Report of the Indian Hemp Drugs Commission, 1894-1895 - Volume V
Year: 1894
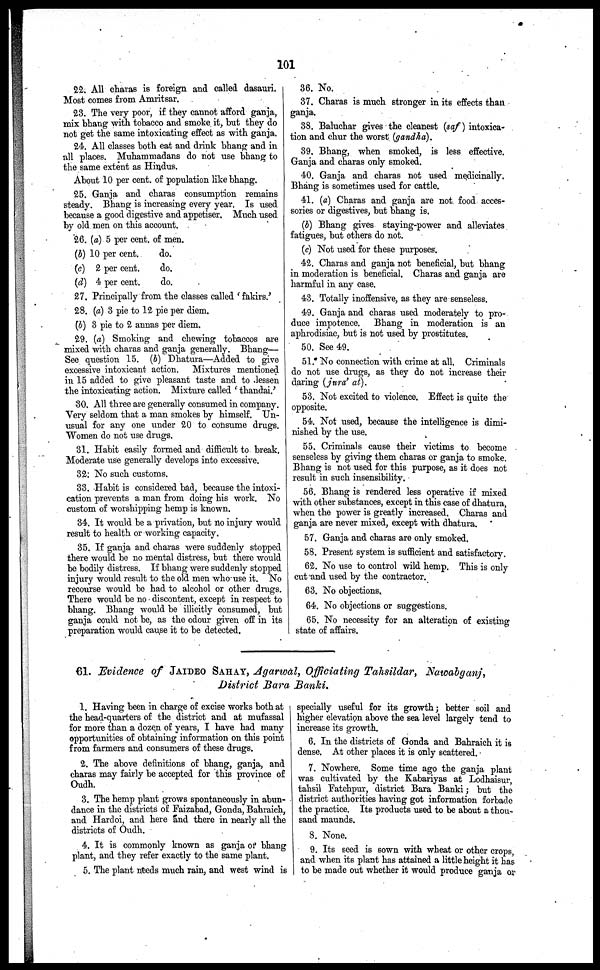
101
22. All charas is foreign and called dasauri.
Most comes from Amritsar.
23. The very poor, if they cannot afford ganja,
mix bhang with tobacco and smoke it, but they do
not get the same intoxicating effect as with ganja.
24. All classes both eat and drink bhang and in
all places. Muhammadans do not use bhang to
the same extent as Hindus.
About 10 per cent. of population like bhang.
25. Ganja and charas consumption remains
steady. Bhang is increasing every year. Is used
because a good digestive and appetiser. Much used
by old men on this account.
26. (a) 5 per cent. of men.
(b) 10 per cent.
do.
(c) 2 per cent.
do.
(d) 4 per cent.
do.
27. Principally from the classes called 'fakirs.'
28. (a) 3 pie to 12 pie per diem.
(b) 3 pie to 2 annas per diem.
29. (a) Smoking and chewing tobaccos are
mixed with charas and ganja generally. Bhang—
See question 15. (b) Dhatura—Added to give
excessive intoxicant action. Mixtures mentioned
in 15 added to give pleasant taste and to lessen
the intoxicating action. Mixture called ' thandai.'
30. All three are generally consumed in company.
Very seldom that a man smokes by himself. Un-
usual for any one under 20 to consume drugs.
Women do not use drugs.
31. Habit easily formed and difficult to break.
Moderate use generally develops into excessive.
32. No such customs.
33. Habit is considered bad, because the intoxi-
cation prevents a man from doing his work. No
custom of worshipping hemp is known.
34. It would be a privation, but no injury would
result to health or working capacity.
35. If ganja and charas were suddenly stopped
there would be no mental distress, but there would
be bodily distress. If bhang were suddenly stopped
injury would result to the old men who use it. No
recourse would be had to alcohol or other drugs.
There would be no discontent, except in respect to
bhang. Bhang would be illicitly consumed, but
ganja could not be, as the odour given off in its
preparation would cause it to be detected.
36. No.
37. Charas is much stronger in its effects than
ganja.
38. Baluchar gives the cleanest (saf) intoxica-
tion and chur the worst (gandha).
39. Bhang, when smoked, is less effective.
Ganja and charas only smoked.
40. Ganja and charas not used medicinally.
Bhang is sometimes used for cattle.
41. (a) Charas and ganja are not food acces-
sories or digestives, but bhang is.
(b) Bhang gives staying-power and alleviates
fatigues, but others do not.
(c) Not used for these purposes.
42. Charas and ganja not beneficial, but bhang
in moderation is beneficial. Charas and ganja are
harmful in any case.
43. Totally inoffensive, as they are senseless.
49. Ganja and charas used moderately to pro-
duce impotence. Bhang in moderation is an
aphrodisiac, but is not used by prostitutes.
50. See 49.
51. No connection with crime at all. Criminals
do not use drugs, as they do not increase their
daring (jura' at).
53. Not excited to violence. Effect is quite the
opposite.
54. Not used, because the intelligence is dimi-
nished by the use.
55. Criminals cause their victims to become
senseless by giving them charas or ganja to smoke.
Bhang is not used for this purpose, as it does not
result in such insensibility.
56. Bhang is rendered less operative if mixed
with other substances, except in this case of dhatura,
when the power is greatly increased. Charas and
ganja are never mixed, except with dhatura.
57. Ganja and charas are only smoked.
58. Present system is sufficient and satisfactory.
62. No use to control wild hemp. This is only
cut and used by the contractor.
63. No objections.
64. No objections or suggestions.
65. No necessity for an alteration of existing
state of affairs.
61. Evidence of JAIDEO SAHAY, Agarwal, Officiating Tahsildar, Natoabganj,
District Bara Banki.
1. Having been in charge of excise works both at
the head-quarters of the district and at mufassal
for more than a dozen of years, I have had many
opportunities of obtaining information on this point
from farmers and consumers of these drugs.
2. The above definitions of bhang, ganja, and
charas may fairly be accepted for this province of
Oudh.
3. The hemp plant grows spontaneously in abun-
dance in the districts of Faizabad, Gonda, Babraich,
and Hardoi, and here and there in nearly all the
districts of Oudh.
4. It is commonly known as ganja ofabhang
plant, and they refer exactly to the same plant.
5. The plant needs much rain, and west wind is
specially useful for its growth; better soil and
higher elevation above the sea level largely tend to
increase its growth.
6. In the districts of Gonda and Bahraich it is
dense. At other places it is only scattered.
7. Nowhere. Some time ago the ganja plant
was cultivated by the Kabariyas at Lodhaisur,
tahsil Fatehpur, district Bara Banki; but the
district authorities having got information forbade
the practice. Its products used to be about a thou-
sand maunds.
8. None.
9. Its seed is sown with wheat or other crops,
and when its plant has attained a little height it has
to be made out whether it would produce ganja or